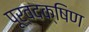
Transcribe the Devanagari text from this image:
पूर्वदक्षिण